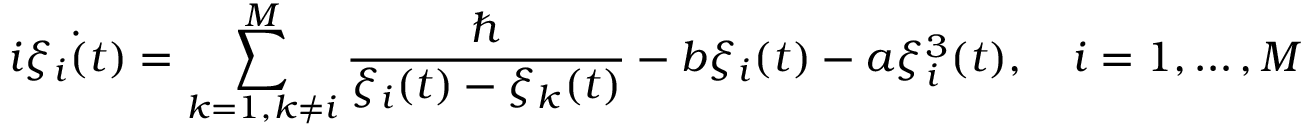
i \dot { \xi _ { i } ( t ) } = \sum _ { k = 1 , k \neq i } ^ { M } \frac { \hbar } { \xi _ { i } ( t ) - \xi _ { k } ( t ) } - b \xi _ { i } ( t ) - a \xi _ { i } ^ { 3 } ( t ) , \quad i = 1 , \dots , M